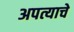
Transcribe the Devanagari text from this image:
अपत्याचे